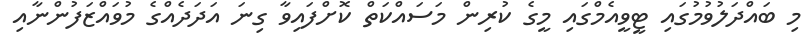
މި ބައްދަލުވުމުގައި ޓީވީއެމްގައި މީގެ ކުރިން މަސައްކަތް ކޮށްފައިވާ ގިނަ އަދަދެއްގެ މުވައްޒަފުންނާއި